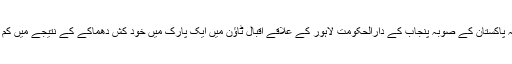
مہر خبررساں ایجنسی کی رپورٹ کے مطابق ہے کہ پاکستان کے صوبہ پنجاب کے دارالحکومت لاہور کے علاقے اقبال ٹاؤن میں ایک پارک میں خود کش دھماکے کے نتیجے میں کم سے کم 70 افراد ہلاک اور 300 زخمی ہوگئے ہیں۔